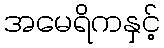
အမေရိကနှင့်